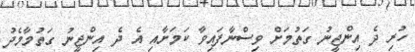
ހުރި ދެ އިންޖީނު ގަތުމަށް ވިސްނާފައިވާ ކަމަށާއި އެ ދެ އިންޖީނު ގަތުމާމެދު